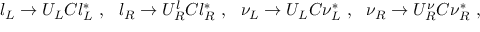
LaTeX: l _ { L } \rightarrow U _ { L } C l _ { L } ^ { * } ~ , ~ ~ l _ { R } \rightarrow U _ { R } ^ { l } C l _ { R } ^ { * } ~ , ~ ~ \nu _ { L } \rightarrow U _ { L } C \nu _ { L } ^ { * } ~ , ~ ~ \nu _ { R } \rightarrow U _ { R } ^ { \nu } C \nu _ { R } ^ { * } ~ ,